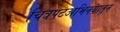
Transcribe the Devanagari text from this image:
चित्रपटअभिनयातून